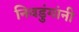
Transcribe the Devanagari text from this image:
निवडुंगांनी